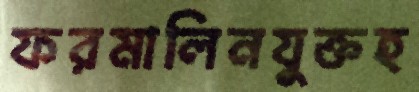
ফরমালিনযুক্তহ